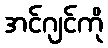
အင်ဂျင်ကို